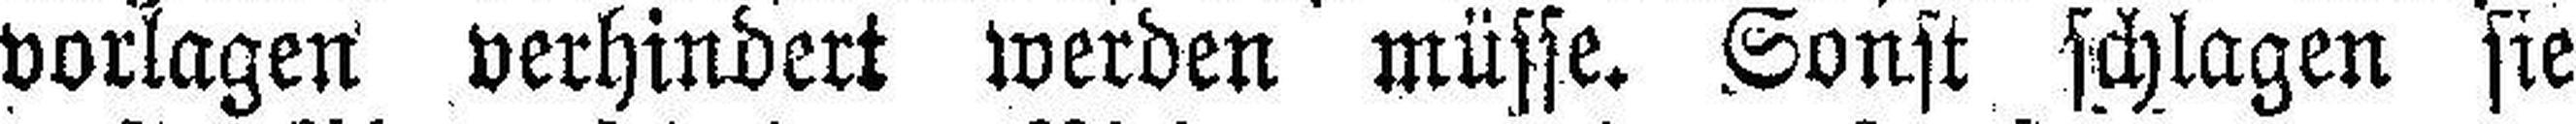
vorlagen verhindert werden müsse. Sonst schlagen sie